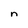
Character: n